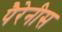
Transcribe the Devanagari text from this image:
पैरेनीस